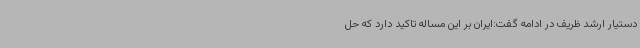
دستیار ارشد ظریف در ادامه گفت:ایران بر این مساله تاکید دارد که حل